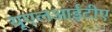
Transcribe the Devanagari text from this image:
यूएलआईटीए